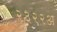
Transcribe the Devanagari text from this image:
२३२२अ